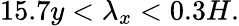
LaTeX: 15.7y<\lambda_{x}<0.3H.